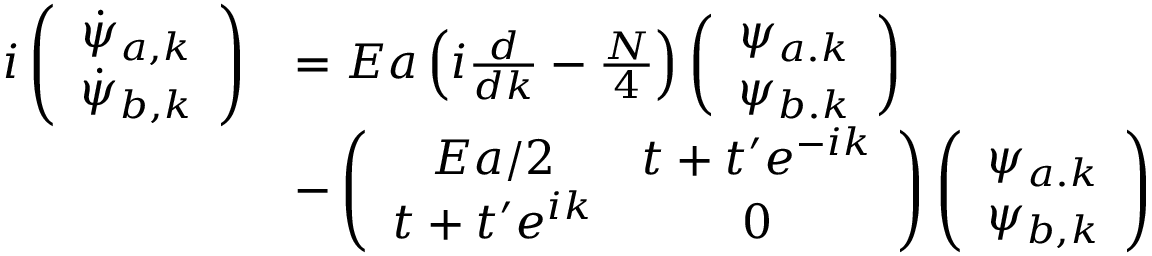
\begin{array} { r l } { i \left( \begin{array} { c } { \dot { \psi } _ { a , k } } \\ { \dot { \psi } _ { b , k } } \end{array} \right) } & { = E a \left( i \frac { d } { d k } - \frac { N } { 4 } \right) \left( \begin{array} { c } { \psi _ { a . k } } \\ { \psi _ { b . k } } \end{array} \right) } \\ & { - \left( \begin{array} { c c } { E a / 2 } & { t + t ^ { \prime } e ^ { - i k } } \\ { t + t ^ { \prime } e ^ { i k } } & { 0 } \end{array} \right) \left( \begin{array} { c } { \psi _ { a . k } } \\ { \psi _ { b , k } } \end{array} \right) } \end{array}